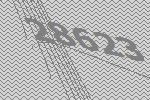
28623